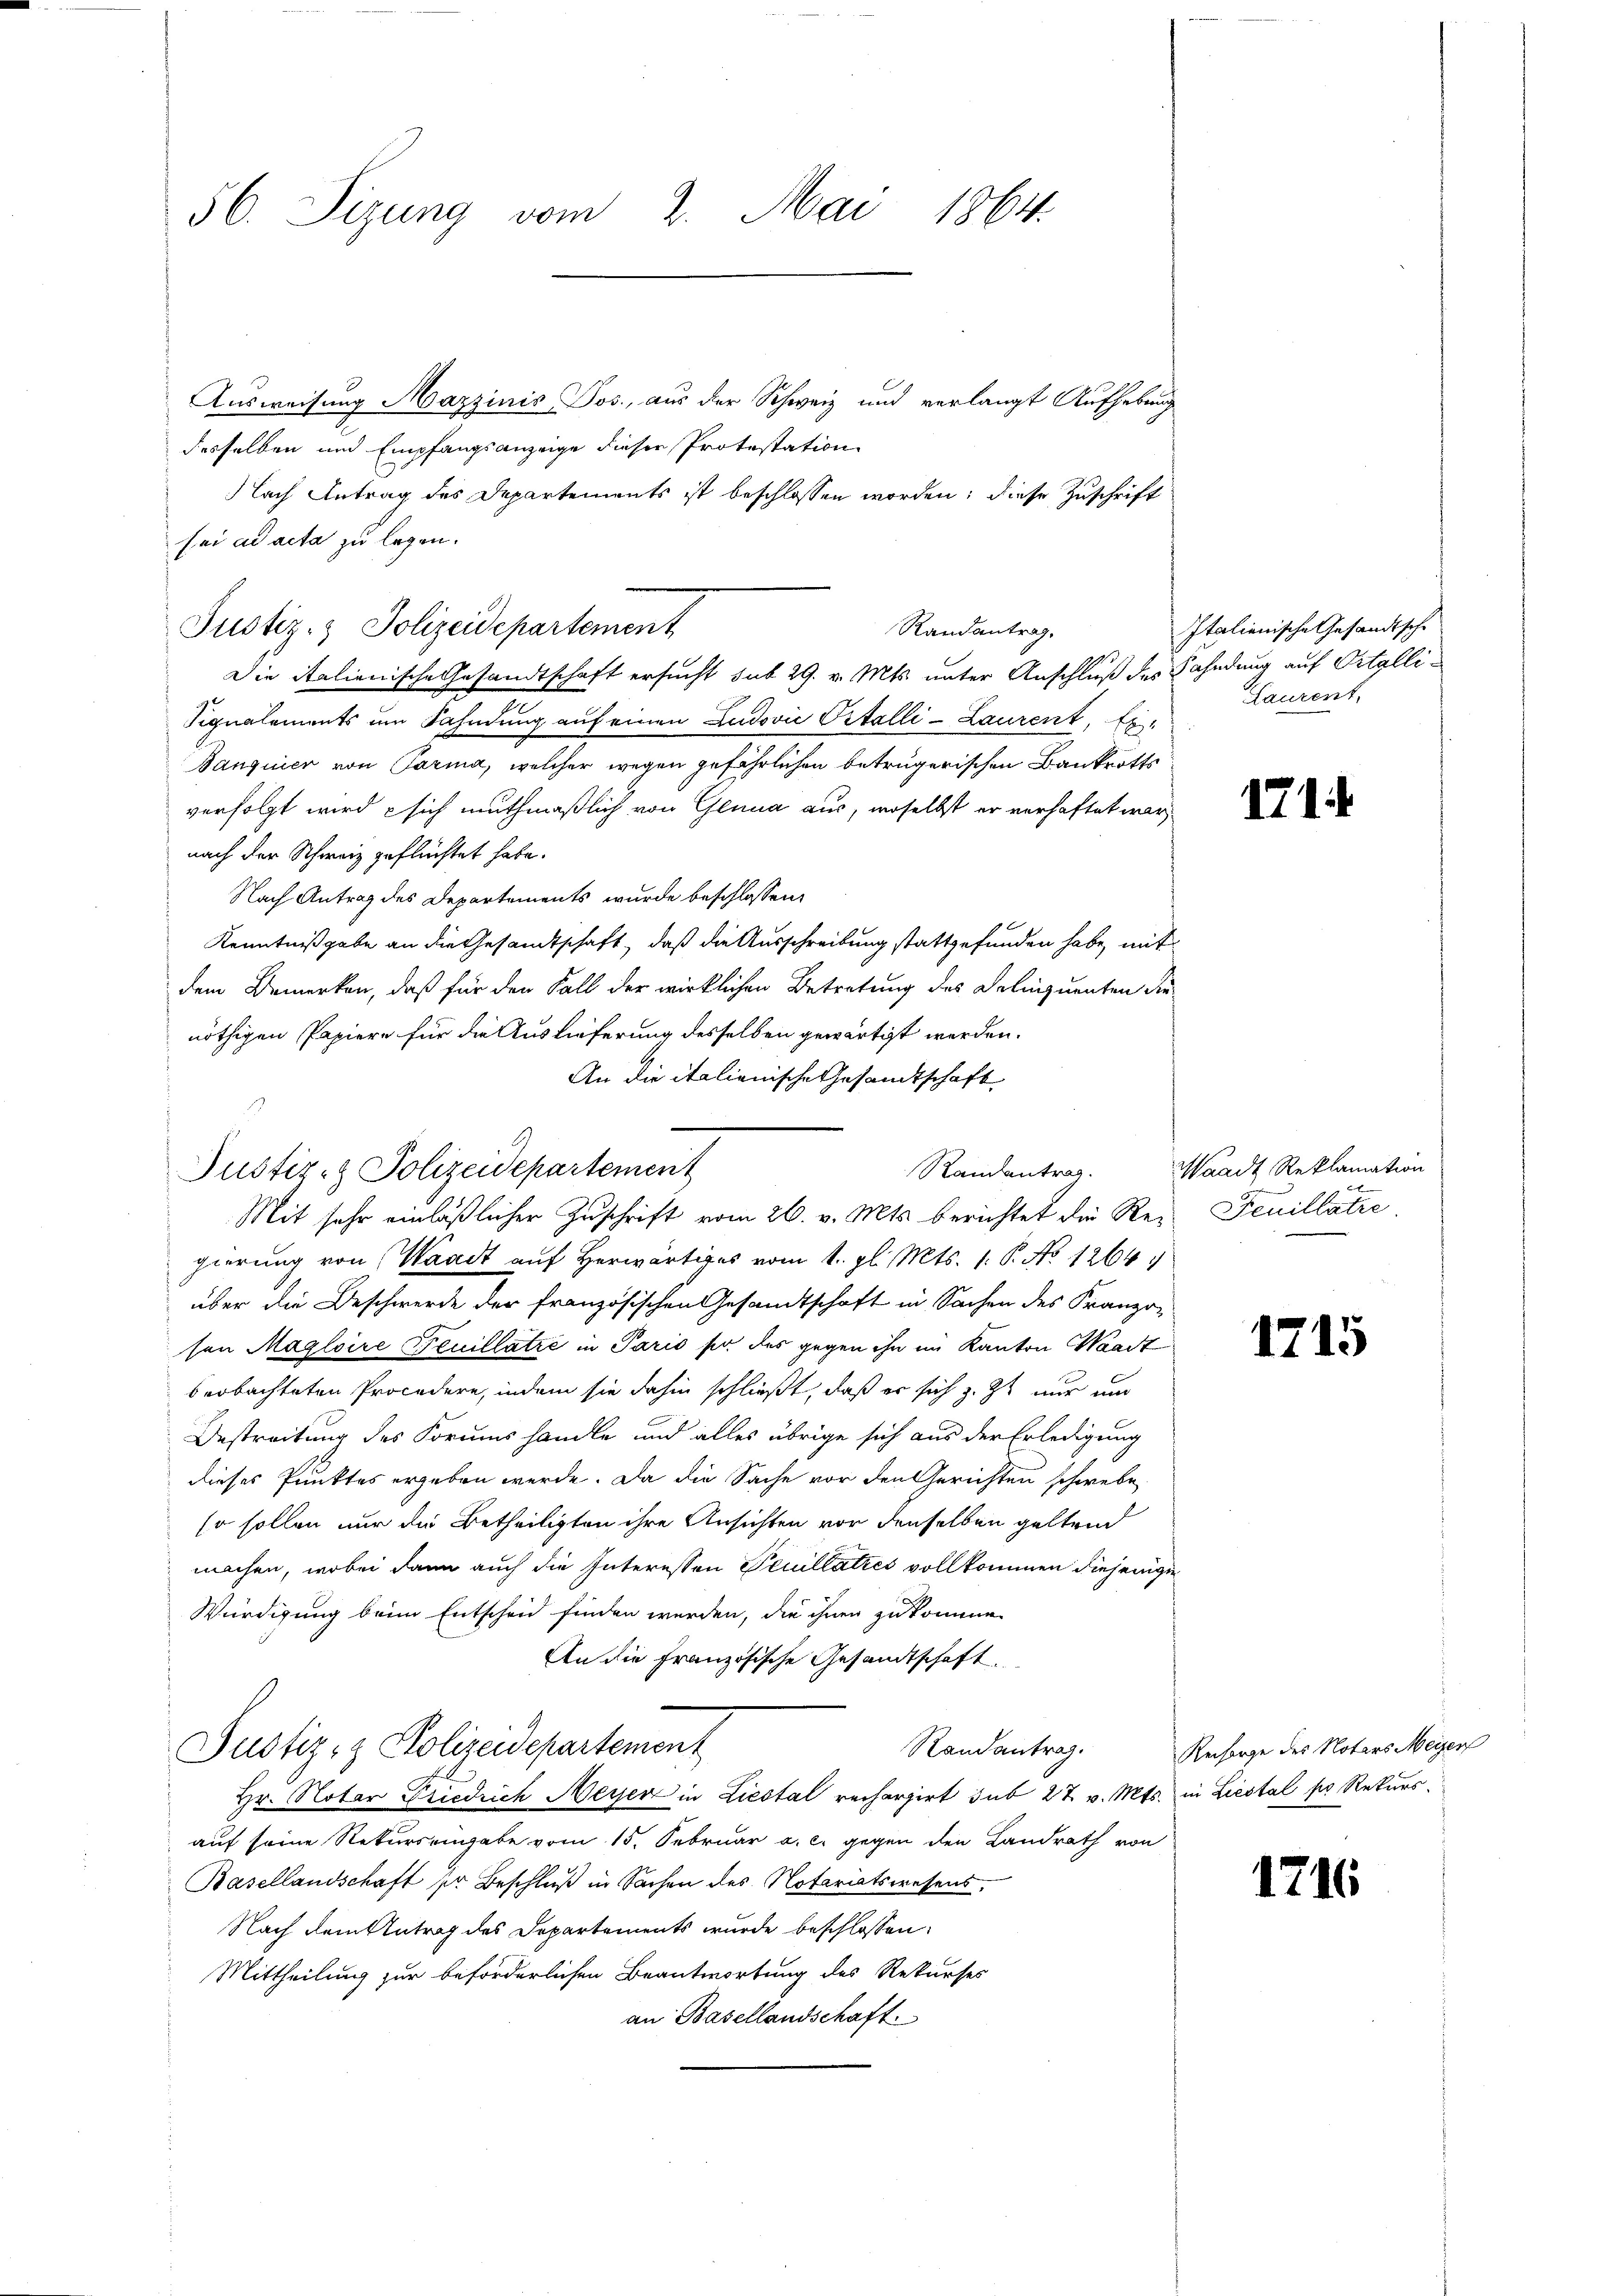
56. Sizung vom 2. Mai 1864.

Ausweisung Mazzinis Jos., aus der Schweiz und verlangt Aufhebung
desselben und Empfangsanzeige dieser Protestation
lach Antrag des Departements ist beschlossen worden; diese Zuschrift
sei ad acta zu legen.
Die italienische Gesandtschaft ersucht sub 29. v. Mts. unter Anschluß des Fahndung auf Ortolli¬
Signalements um Fahndung auf einen Ludović Ostalli-Laurent, Es
Banquier von Parma, welcher wegen gefährlichen betrügerischen Bankrotts
verfolgt wird sich muthmaßlich von Glina aus, woselbst er verhaftet war,
nach der Schweiz geflüchtet habe.
Nach Antrag des Departements wurde beschlossen:
Kenntnißgabe an die Gesandtschaft, daß die Ausschreibung stattgefunden habe, mit
dem Bemerken, daß für den Fall der wirklichen Betretung des Delinquenten die
nöthigen Papiere für die Auslieferung desselben gewärtigt werden.
An die italienische Gesandtschaft
Randantrag.
Mit sehr einläßlicher Zuschrift vom 26. v. Mts. berichtet die Regierung von Waadt auf Herwärtiges vom 1. gl. Mts. 1. P. No 1264.
über die Beschwerde der französischen Gesandtschaft in Sachen des Franzosen Maglaire Feuillatze in Paris sie des gegen ihn im Kanton Waadt
beobachteten Procedere, indem sie dahin schließt, daß er sich z. Zt. nur und
Bestreitung des Forums handle und alles übrige sich aus der Erledigung
dieses Punktes ergeben werde. Da die Sache vor den Gerichten schwebe
so sollen nur die Betheiligten ihre Ansichten vor denselben geltend
machen, wobei dann auch die Interessen Pecillatzes vollkommen diejenige
Würdigung beim Entscheid finden werden, die ihnen zukommen
An die Französische Gesandtschaft
Randantrag.
Justiz- & Polizeidepartement
Hr. Notar Friedrich Meyer in Liestal rechargirt sub 27. v. Mts. in Liestal pr Rekurs.
auf seine Rekurs eingabe vom 15. Februar a. c. gegen den Landrath von
Basellandschaft pr Beschluß in Sachen des Notariatswesens,
Nach dem Antrag des Departements wurde beschlossen:
Mittheilung zur beförderlichen Beantwortung des Rekurses
an Basellandschaft

Justiz- & Polizeidepartement
Randantrag,

Justiz- & Polizeidepartement

Italienische Gesandtsche
Laurent,

171

Waadt Reklamation
Feuillatie

1715

Recsorge des Notars Meier

1716